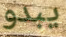
يبدو